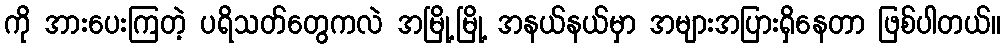
ကို အားပေးကြတဲ့ ပရိသတ်တွေကလဲ အမြို့မြို့ အနယ်နယ်မှာ အများအပြားရှိနေတာ ဖြစ်ပါတယ်။